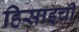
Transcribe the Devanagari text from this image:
हिसाइची